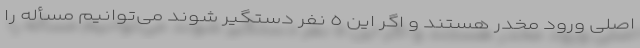
اصلی ورود مخدر هستند و اگر این ٥ نفر دستگیر شوند می‌توانیم مسأله را